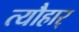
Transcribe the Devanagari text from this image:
त्यौहार्